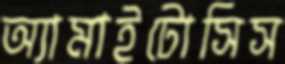
অ্যামাইটোসিস